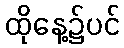
ထိုနေ့၌ပင်